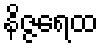
နိဇ္ဇရေထ